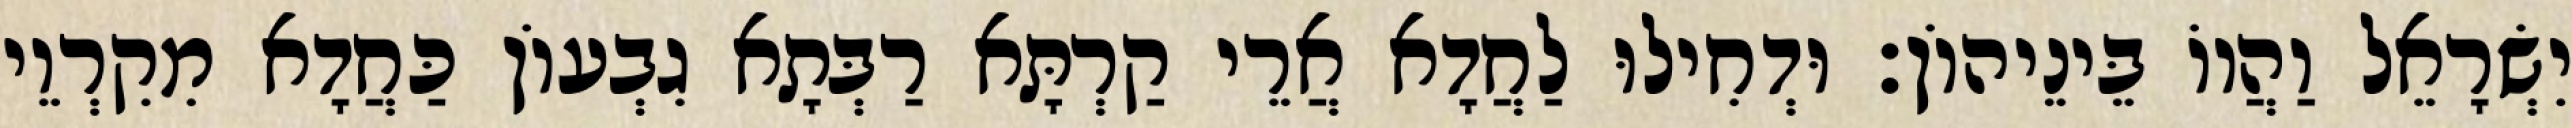
יִשְׂרָאֵל וַהֲווֹ בֵּינֵיהוֹן׃ וּדְחִילוּ לַחֲדָא אֲרֵי קַרְתָּא רַבְּתָא גִבְעוֹן כַּחֲדָא מִקִרְוֵי